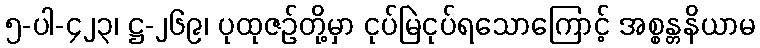
၅-ပါ-၄၂၃၊ ဋ္ဌ-၂၆၉၊ ပုထုဇဉ်တို့မှာ ငုပ်မြဲငုပ်ရသောကြောင့် အစ္စန္တနိယာမ